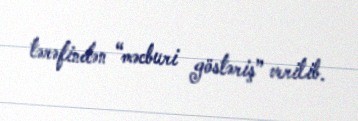
tərəfindən “məcburi göstəriş” verilib.